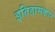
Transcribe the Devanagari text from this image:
इतिहासकार